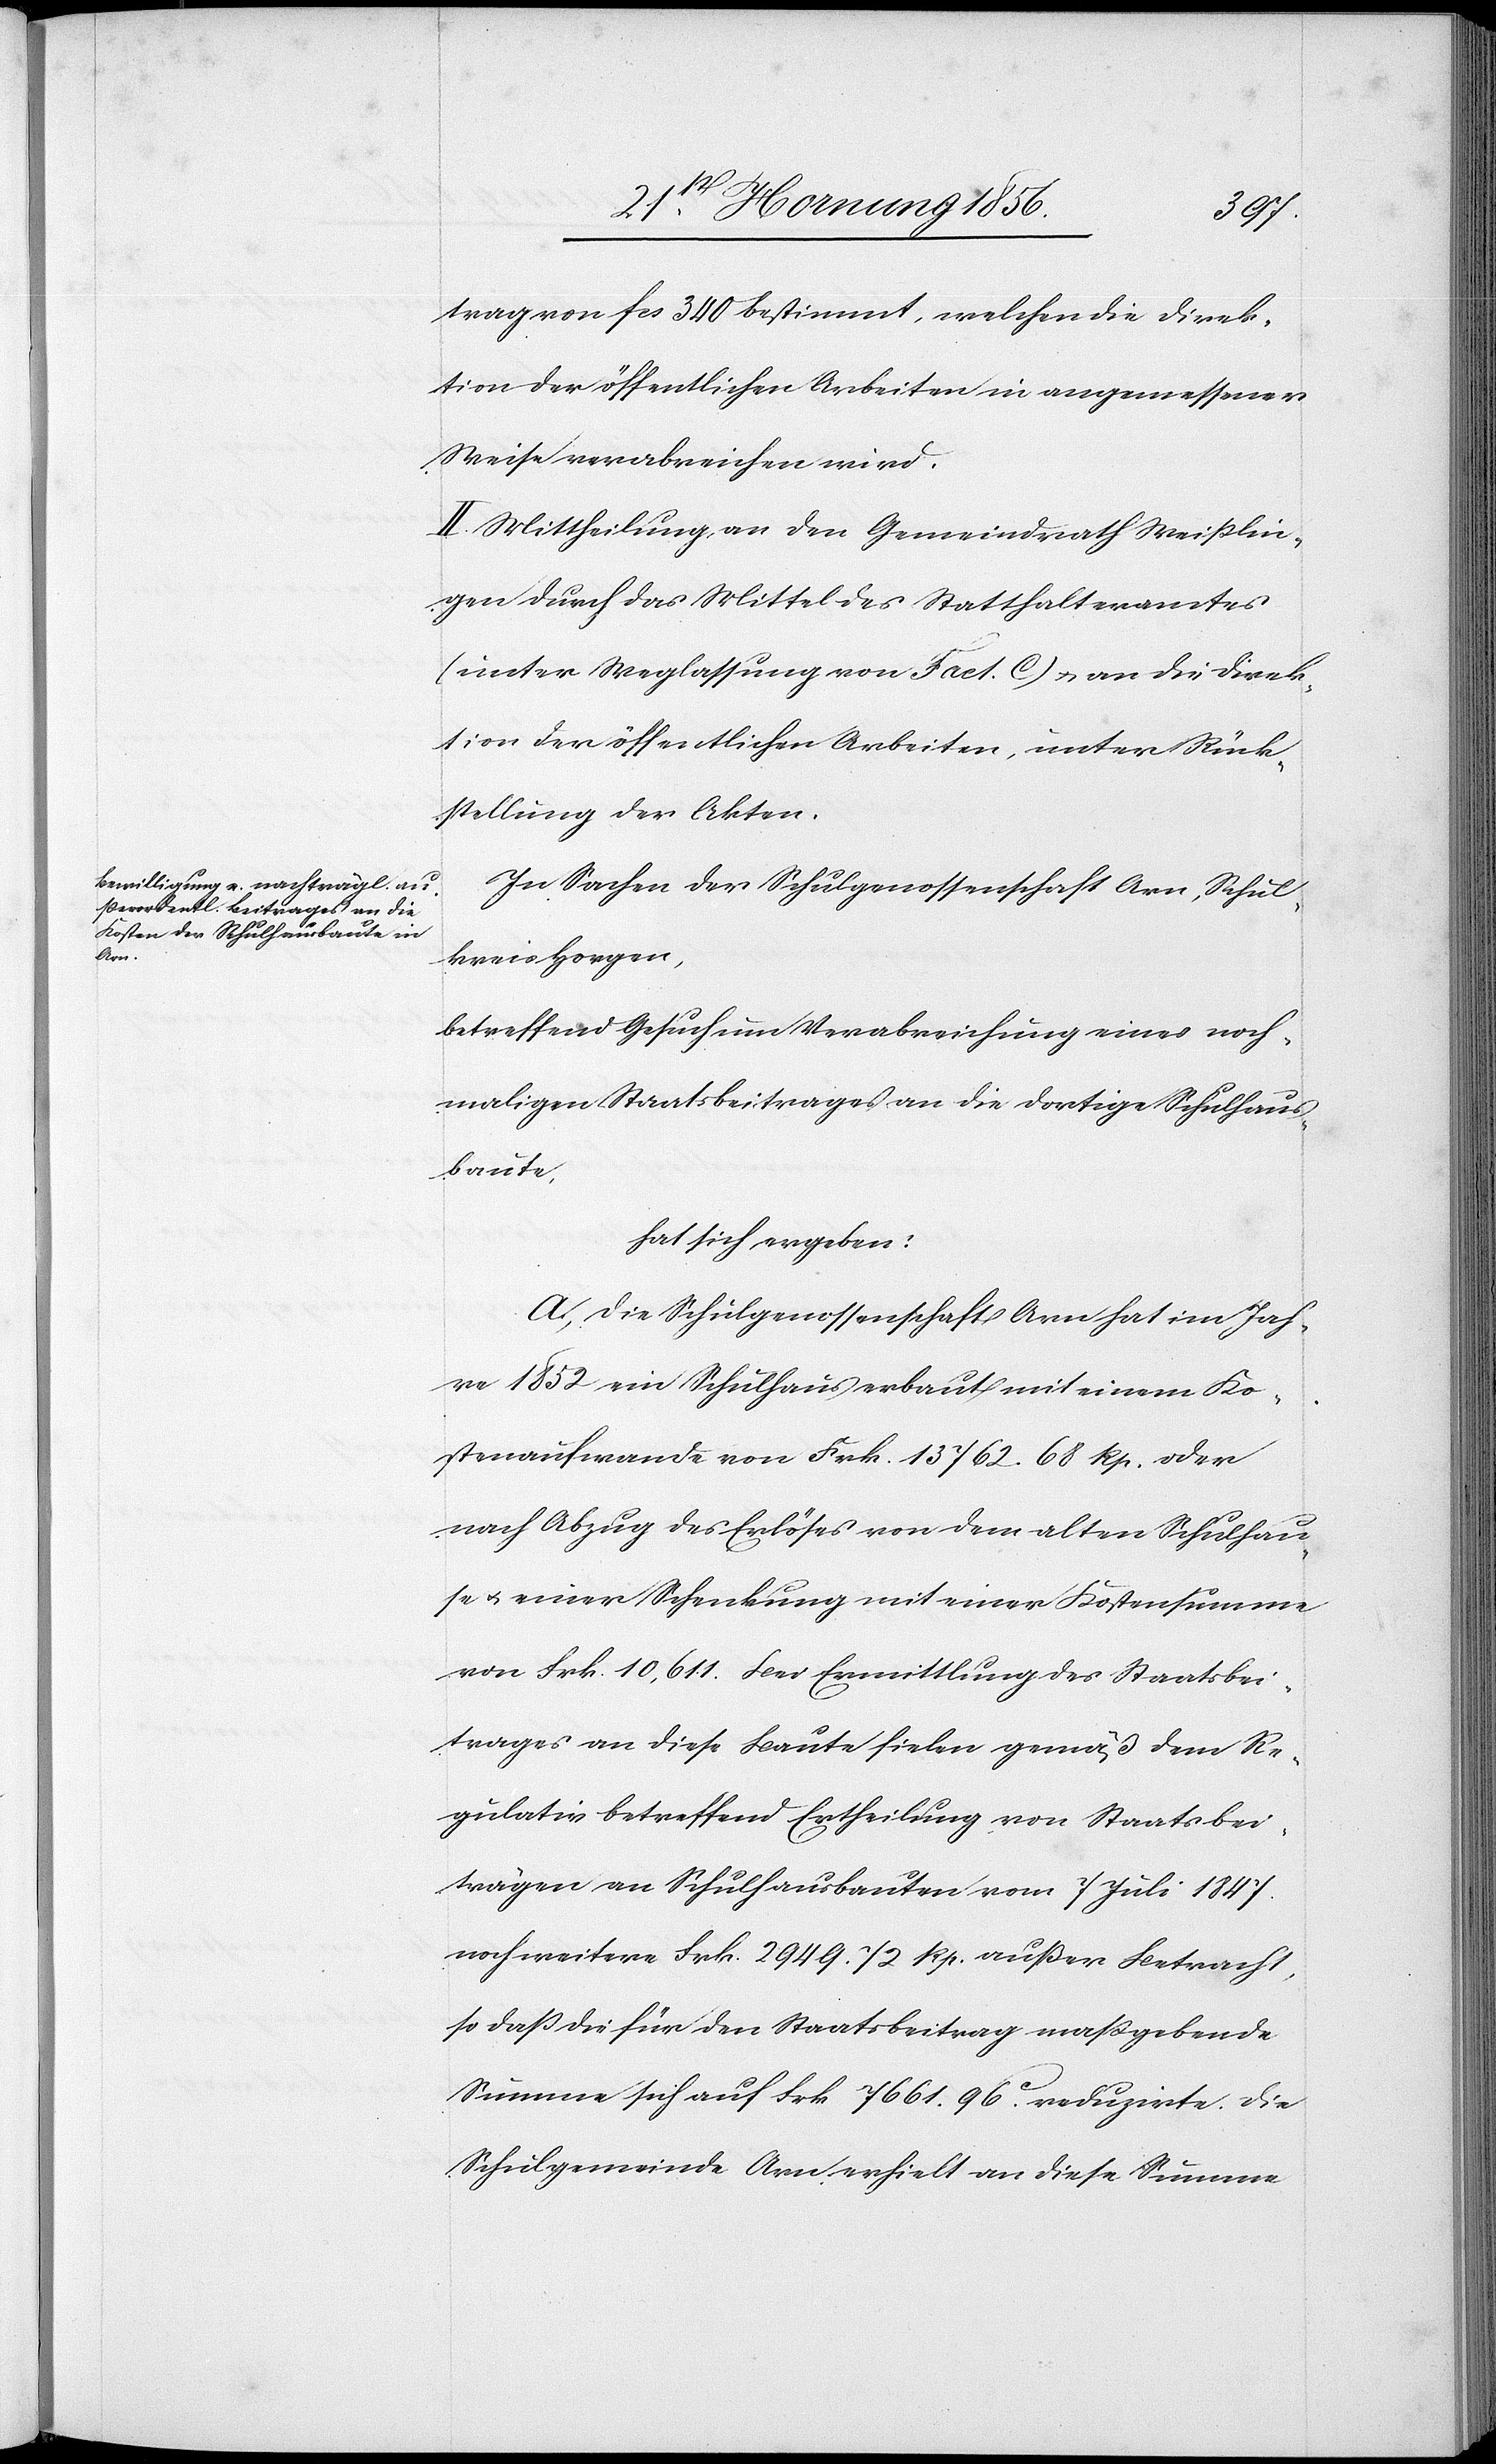
trag von fcs 340 bestimmt, welchen die Direk¬
tion der öffentlichen Arbeiten in angemessener
Weise verabreichen wird.
II. Mittheilung an den Gemeindrath Weißlin¬
gen durch das Mittel des Statthalteramtes
(unter Weglassung von Fact. C) u. an die Direk¬
tion der öffentlichen Arbeiten, unter Rück¬
stellung der Akten.
In Sachen der Schulgenossenschaft Arn, Schul¬
kreis Horgen,
betreffend Gesuch um Verabreichung eines noch¬
maligen Staatsbeitrages an die dortige Schulhaus¬
baute,
hat sich ergeben:
A., Die Schulgenossenschaft Arn hat im Jah¬
re 1852 ein Schulhaus erbaut mit einem Ko¬
stenaufwande von Frk. 13762. 68 Rp. oder
nach Abzug des Erlöses von dem alten Schulhau¬
se u. einer Schenkung mit einer Kostensumme
von Frk. 10,611. Bei Ermittlung des Staatsbei¬
trages von diese Baute fielen gemäß dem Re¬
gulativ betreffend Ertheilung von Staatsbei¬
trägen an Schulhausbauten vom 7 Juli 1847.
noch weitere Frk. 2949. 72 Rp. außer Betracht,
so daß die für den Staatsbeitrag maßgebende
Summe sich auf Frk 7661. 96c. reduzirte. Die
Schulgemeinde Arn erhielt an diese Summe